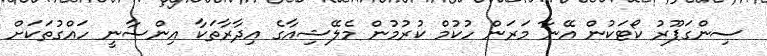
ސިންގަޕޫރު ކޯޓަކުން އޭނާ މަރަން ހުކުމް ކުރުމުން މެލޭޝިއާގެ އިދާރާތަކާ އިންސާނީ ހައްގުތަކަށް